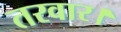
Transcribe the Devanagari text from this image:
तरवार।